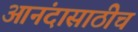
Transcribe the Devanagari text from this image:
आनंदासाठीच